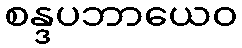
စန္ဒပဘာယေဝ